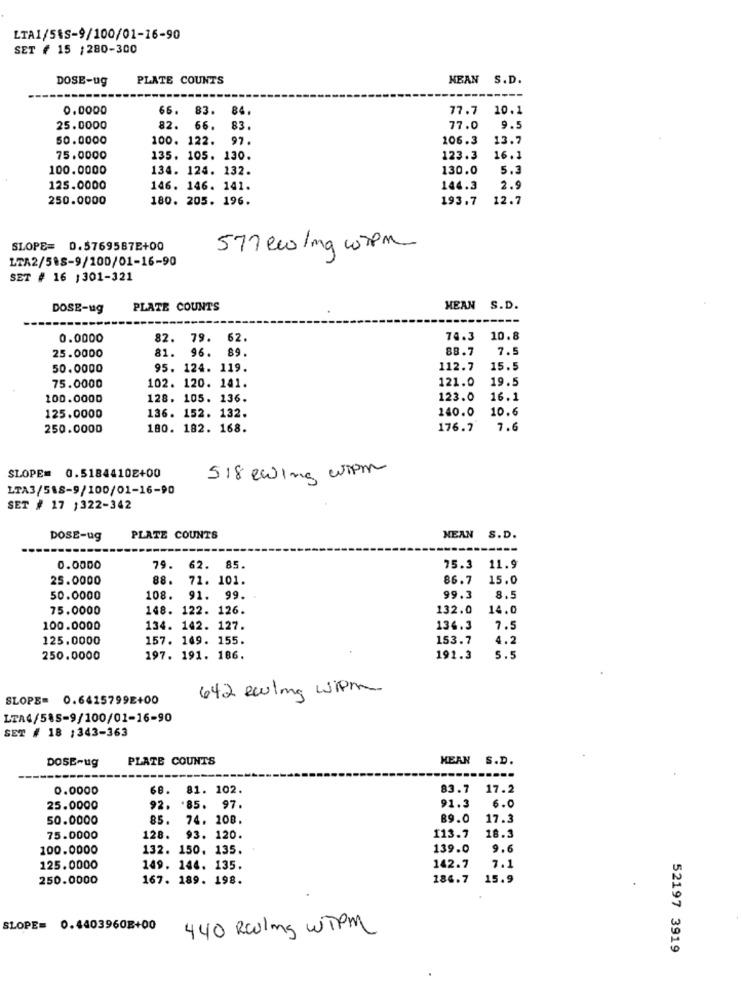
LTA1/5&S-9/100/01-16-90
SET # 15 :280-300
DOSE-ug
PLATE COUNTS
MEAN S.D.
0.0000
66.
83.
84.
77.7 10.1
25.0000
82.
66.
83.
77.0
9.5
50.0000
100. 122.
97.
106.3
13.7
75.0000
135. 105. 130.
123.3
16.1
100.0000
134. 124. 132.
130.0
5.3
125.0000
146. 146. 141.
144.3
2.9
250.0000
180. 205. 196.
193.7
12.7
SLOPE= 0.5769587E+00
577 ew/mq wpm
LTA2/588-9/100/01-16-90
SET # 16 ; 301-321
DOSE-ug
PLATE COUNTS
HEAN S.D.
0.0000
82. 79.
62.
74.3 10.8
81.
96. 89.
88.7
7.5
25.0000
50.0000
95. 124. 119.
112.7
15.5
102. 120. 141.
121.0
19.5
75.0000
100.0000
128. 105. 136.
123.0
16.1
136. 152. 132.
140.0
10.6
125.0000
250.0000
180. 182. 168.
176.7
7.6
SLOPE= 0.51844102+00
518 ewing wipm
LTA3/518-9/100/01-16-90
SET # 17 1322-342
DOSE-ug
PLATE COUNTS
MEAN S.D.
0.0000
79.
62.
85.
75.3
11.9
25.0000
88.
71. 101.
86.7
15.0
50.0000
108.
91. 99.
99.3
8.5
75.0000
148. 122. 126.
132.0
14.0
100.0000
134. 142. 127.
134.3
7.5
125.0000
157. 149. 155.
153.7
4.2
250.0000
197. 191. 186.
191.3
5.5
642 ecurling wipm
SLOPE= 0.6415799E+00
LTA4/585-9/100/01-16-90
SET # 18 :343-363
DOSE-ug
PLATE COUNTS
MEAN S.D.
0.0000
68.
81. 102.
83.7
17.2
25.0000
92. '85.
97.
91.3
6.0
50.0000
85.
74. 108.
89.0
17.3
75.0000
128.
93. 120.
113.7
18.3
100.0000
132. 150. 135.
139.0
9.6
125.0000
149. 144. 135.
142.7
7.1
250.0000
167. 189. 198.
186.7
15.9
SLOPE= 0.4403960E+00
440 Rowling WTpm
52197 3919